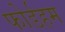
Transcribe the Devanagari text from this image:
फोर्डहम